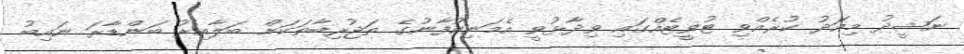
ނަޝީދު މިއަދު ކުރެއްވި ޓުވީޓެއްގައި ވިދާޅުވީ އެމަނިކުފާނުގެ ތަޖުރިބާތަކަށް ބަލާއިރު ބަންޑާރަ ނައިބު